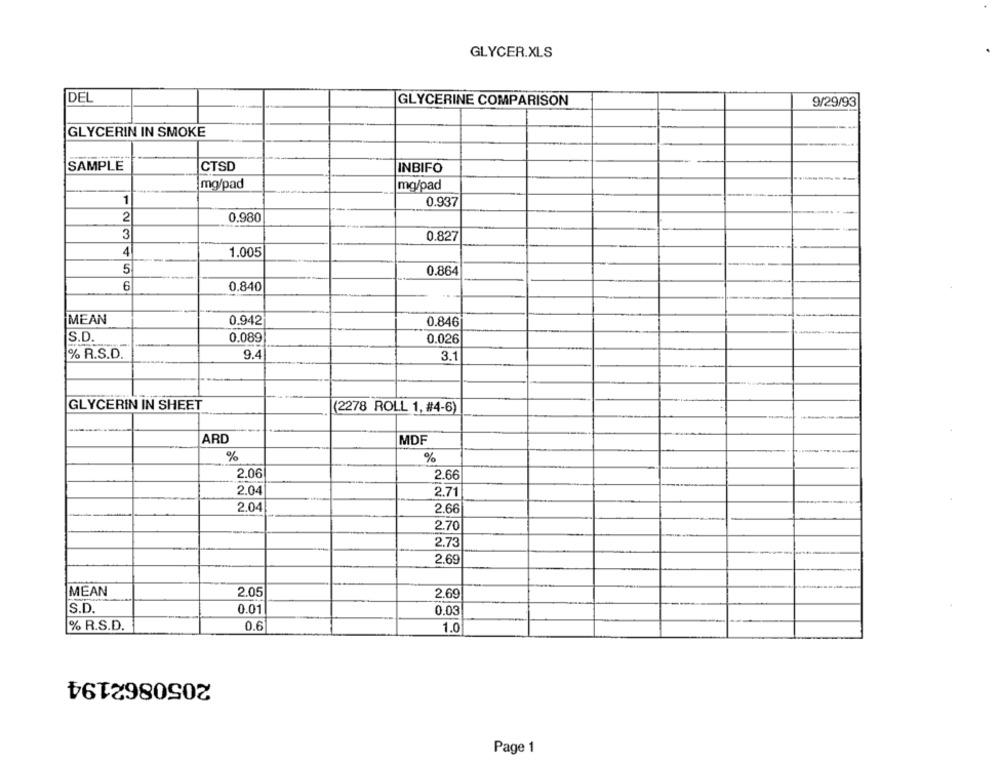
GLYCER.XLS
DEL
GLYCERINE COMPARISON
9/29/93
GLYCERIN IN SMOKE
SAMPLE
CTSD
INBIFO
mg/pad
mg/pad
1
0.937
2
0,980
3
0.827
4
1.005
5
0.864
6
0.840
MEAN
0.942
0.846
S.D.
0.089
0.026
% R.S.D.
9.4
3.1
GLYCERIN IN SHEET
(2278 ROLL 1, #4-6)
ARD
MDF
%
%
2.06
2.66
2.04
2.71
2.04
2.66
2.70
2.73
2.69
MEAN
2.05
2.69
S.D.
0.01
0.03
% R.S.D.
0.6
1.0
2050862194
Page 1